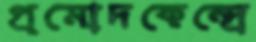
প্রমোদকেন্দ্রে